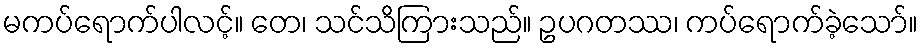
မကပ်ရောက်ပါလင့်။ တေ၊ သင်သိကြားသည်။ ဥပဂတဿ၊ ကပ်ရောက်ခဲ့သော်။